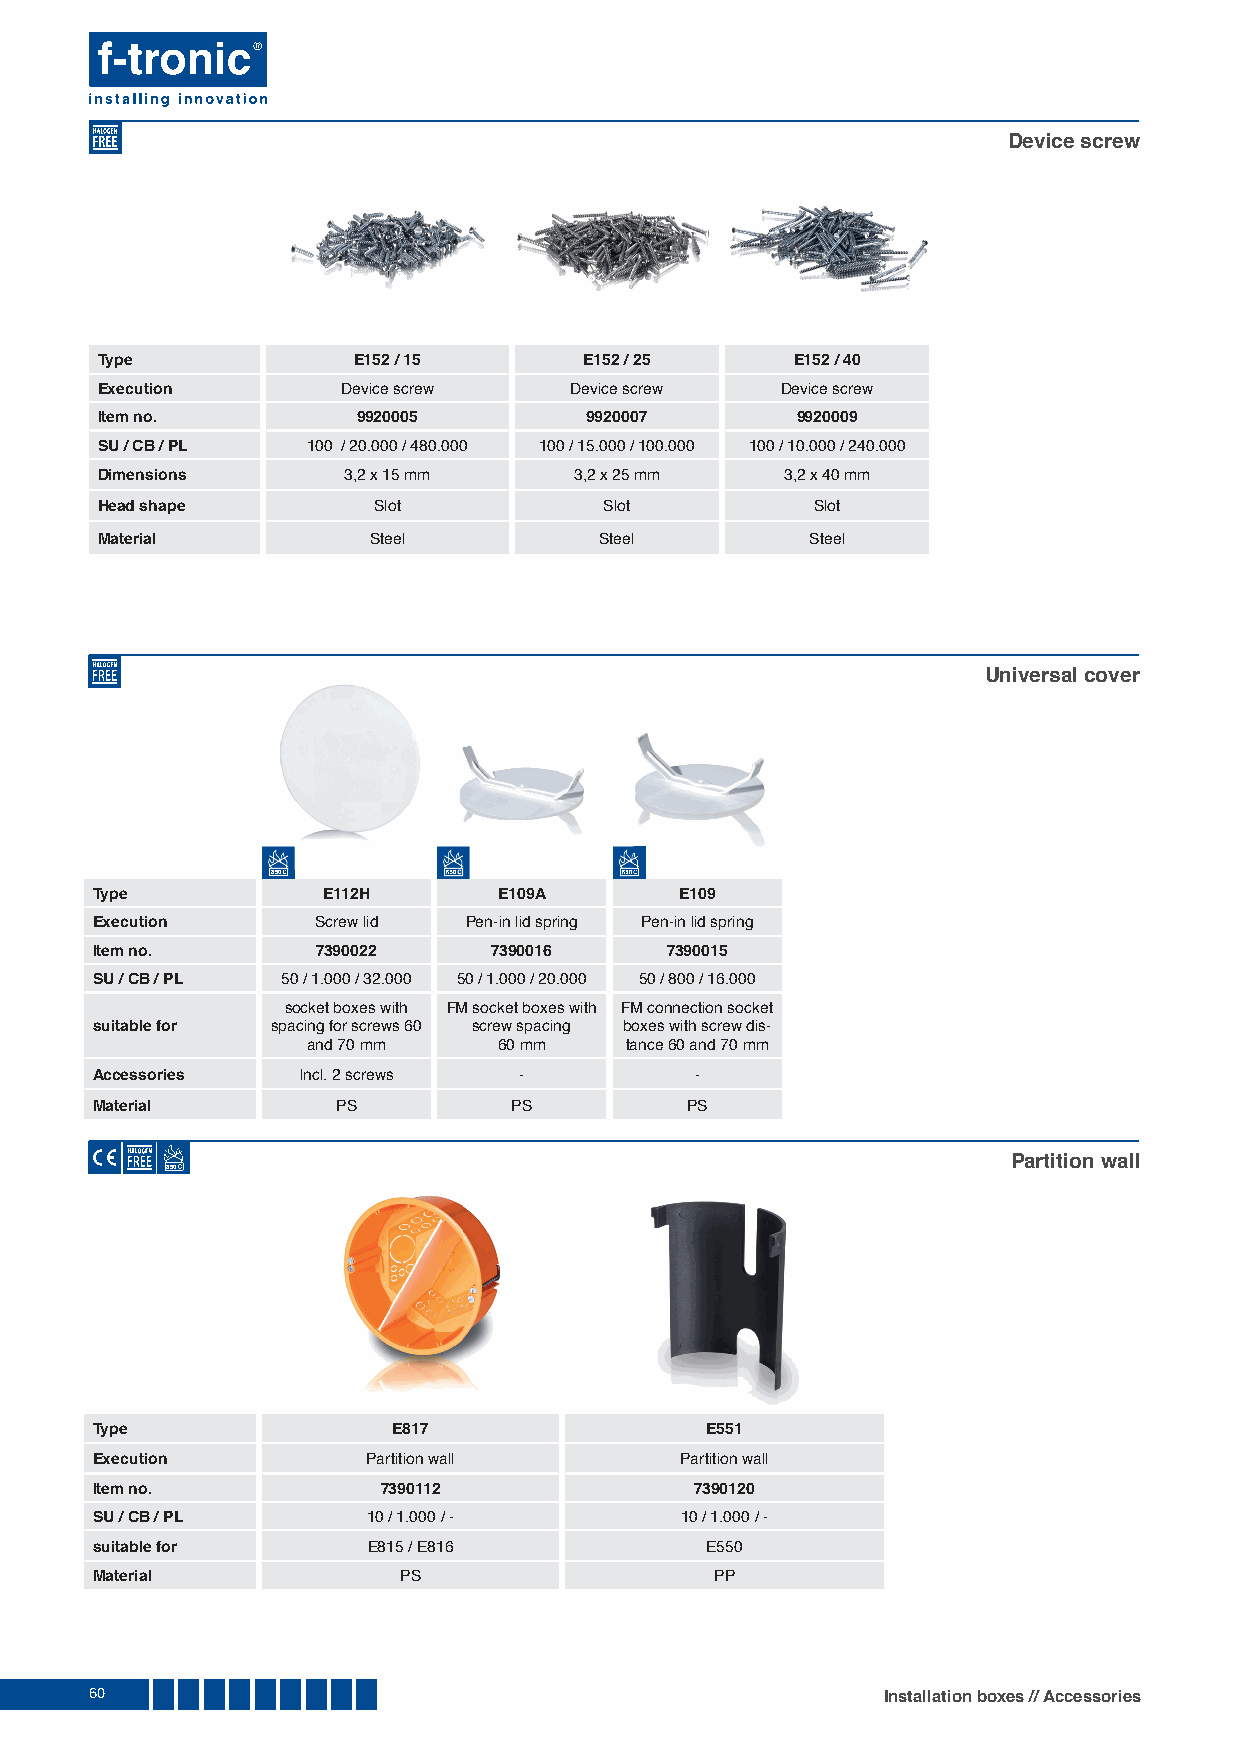
Device screw
 Type             E152 / 15       E152 / 25     E152 / 40
 Execution        Device screw   Device screw  Device screw
 Item no.          9920005        9920007       9920009
 SU / CB / PL  100 / 20.000 / 480.000 100 / 15.000 / 100.000 100 / 10.000 / 240.000
 Dimensions       3,2 x 15 mm    3,2 x 25 mm   3,2 x 40 mm
 Head shape         Slot           Slot          Slot
 Material          Steel           Steel         Steel
 Universal cover
 885500      666555000  665500
 Type           E112H       E109A       E109
 Execution      Screw lid Pen-in lid spring Pen-in lid spring
 Item no.       7390022     7390016    7390015
 SU / CB / PL 50 / 1.000 / 32.000 50 / 1.000 / 20.000 50 / 800 / 16.000
 socket boxes with FM socket boxes with FM connection socket
 suitable for spacing for screws 60 screw spacing boxes with screw dis-
 and 70 mm    60 mm   tance 60 and 70 mm
 Accessories   Incl. 2 screws -          -
 Material        PS          PS         PS
 Partition wall
 850
 Type                E817                 E551
 Execution         Partition wall       Partition wall
 Item no.           7390112              7390120
 SU / CB / PL      10 / 1.000 / -       10 / 1.000 / -
 suitable for      E815 / E816            E550
 Material            PS                   PP
 60                                                  Installation boxes // Accessories